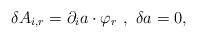
\begin{align*}\delta A_{i , r} = \partial_{i} a \cdot \varphi_{r} \ , \ \delta a = 0 ,\end{align*}